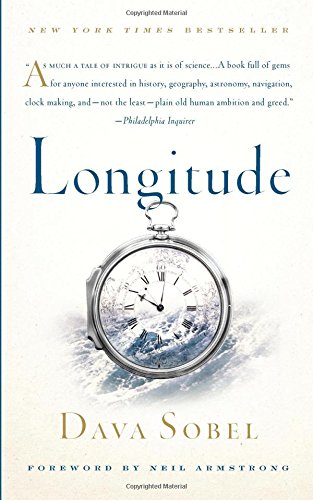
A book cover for Longitude: The True Story of a Lone Genius Who Solved the Greatest Scientific Problem of His Time; Dava Sobel; Engineering & Transportation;